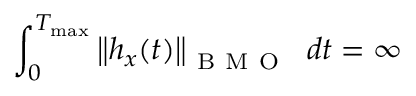
\int _ { 0 } ^ { T _ { \operatorname* { m a x } } } \left\| h _ { x } ( t ) \right\| _ { \mathrm { ~ B ~ M ~ O ~ } } \ d t = \infty